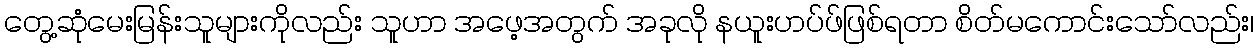
တွေ့ဆုံမေးမြန်းသူများကိုလည်း သူဟာ အဖေ့အတွက် အခုလို နယူးဟပ်ဖ်ဖြစ်ရတာ စိတ်မကောင်းသော်လည်း၊